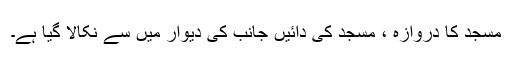
مسجد کا دروازہ ، مسجد کی دائیں جانب کی دیوار میں سے نکالا گیا ہے۔